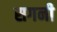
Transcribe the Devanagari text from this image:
सगनी